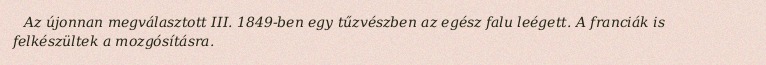
Az újonnan megválasztott III. 1849-ben egy tűzvészben az egész falu leégett. A franciák is felkészültek a mozgósításra.